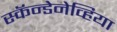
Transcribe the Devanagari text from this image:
स्कॅन्डेनेव्हिया